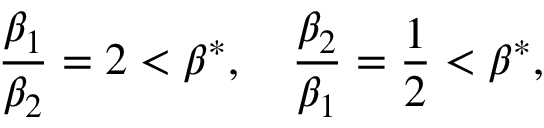
\frac { \beta _ { 1 } } { \beta _ { 2 } } = 2 < \beta ^ { * } , \quad \frac { \beta _ { 2 } } { \beta _ { 1 } } = \frac { 1 } { 2 } < \beta ^ { * } ,